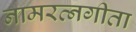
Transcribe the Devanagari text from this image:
नामरत्नगीता